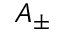
A _ { \pm }